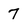
Character: 7